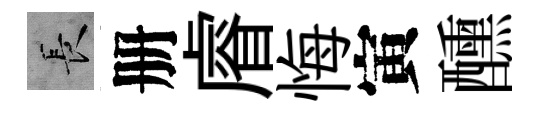
长册𥈠悔寅醺